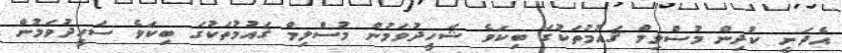
އެދަނީ ކުދިން މުސްލިމް ޤައުމުތަކުގަ ބިކަވެ ޝަހީދުވަމުން މުސްލިމް ޤައުމުތަކުގަ ބިކަވެ ސަހީދުވަމުން